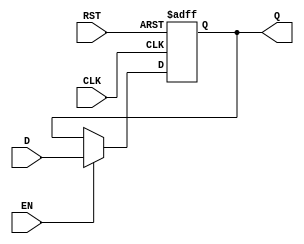
module DataRegister #(
    parameter WIDTH = 8  // Parameter to define the width of the register
)(
    input wire [WIDTH-1:0] D,      // Data input
    input wire CLK,                 // Clock input
    input wire RST,                 // Asynchronous reset input
    input wire EN,                  // Enable input (optional)
    output reg [WIDTH-1:0] Q        // Data output
);

    // Asynchronous reset and synchronous data capture
    always @(posedge CLK or posedge RST) begin
        if (RST) begin
            Q <= {WIDTH{1'b0}};       // Clear the register (set to 0)
        end else if (EN) begin
            Q <= D;                   // Capture data on clock edge if enabled
        end
    end

endmodule